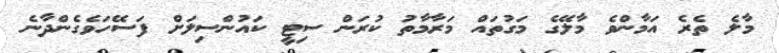
މާލެ ތެރެ އަމާންވެ މާލޭގެ މަގުތައް މަރާމާތު ކުރަން ސިޓީ ކައުންސިލަށް ފަސޭހަވެގެންދާނެ